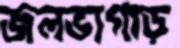
জলভাগাড়